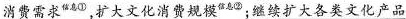
消费需求^{信息①}，扩大文化消费规模息^{信息②}；继续扩大各类文化产品